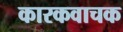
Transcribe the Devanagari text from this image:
कारकवाचक